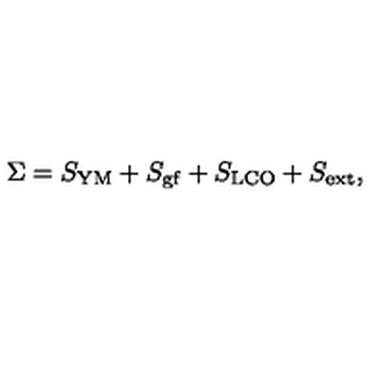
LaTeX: \Sigma = S _ { \mathrm { Y M } } + S _ { \mathrm { g f } } + S _ { \mathrm { L C O } } + S _ { \mathrm { e x t } } ,